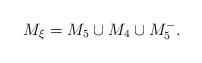
LaTeX: \begin{gather*}M_{\xi} = M_5 \cup M_4 \cup M_5^- .\end{gather*}